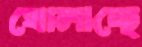
ঘোলাচ্ছে